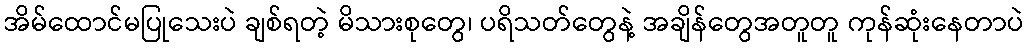
အိမ်ထောင်မပြုသေးပဲ ချစ်ရတဲ့ မိသားစုတွေ၊ ပရိသတ်တွေနဲ့ အချိန်တွေအတူတူ ကုန်ဆုံးနေတာပဲ